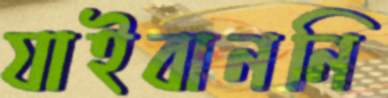
যাইবাননি